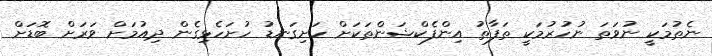
ނެތުމަކީ ނުވަތަ ނުހުރުމަކީ ތަފާތު އިންފެކްޝަންތަކަށް ހަށިގަނޑު ހުށަހެޅިގެން ދިއުމަށް ވަރަށް ބޮޑަށް